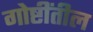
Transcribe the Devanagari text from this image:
गोष्टींतील